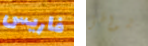
فاريس شواطئ